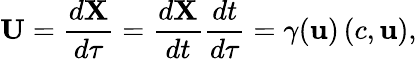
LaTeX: \mathbf{U}={\frac{d\mathbf{X}}{d\tau}}={\frac{d\mathbf{X}}{dt}}{\frac{dt}{d\tau}}=\gamma(\mathbf{u})\left(c,\mathbf{u}\right),